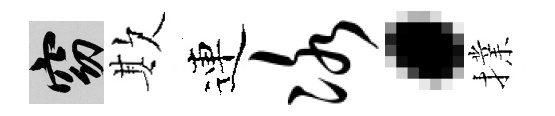
窈欺連冰·擈